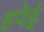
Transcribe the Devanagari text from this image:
हपेई